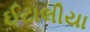
ઈટાલીયા